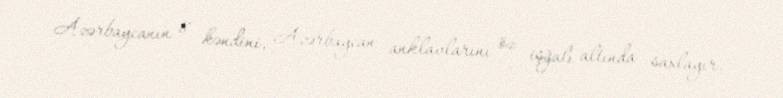
Azərbaycanın 8 kəndini, Azərbaycan anklavlarını öz işğalı altında saxlayır.